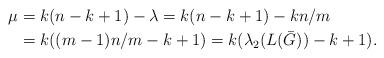
LaTeX: \begin{align*} \mu&= k(n-k+1)-\lambda= k(n-k+1)-kn/m \\ &=k((m-1)n/m-k+1)= k(\lambda_2(L(\bar{G}))-k+1).\end{align*}